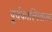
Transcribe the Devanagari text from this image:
पूर्वकाल्पिताला